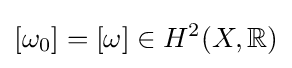
[\omega _{0}]=[\omega ]\in H^{2}(X,\mathbb {R} )